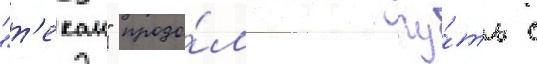
"т'екаи" продо́лжил пу́ть с